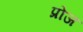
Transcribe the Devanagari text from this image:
प्रोज